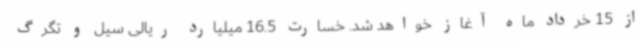
از 15 خرداد ماه آغاز خواهد شد. خسارت 16.5 میلیارد ریالی سیل و تگرگ